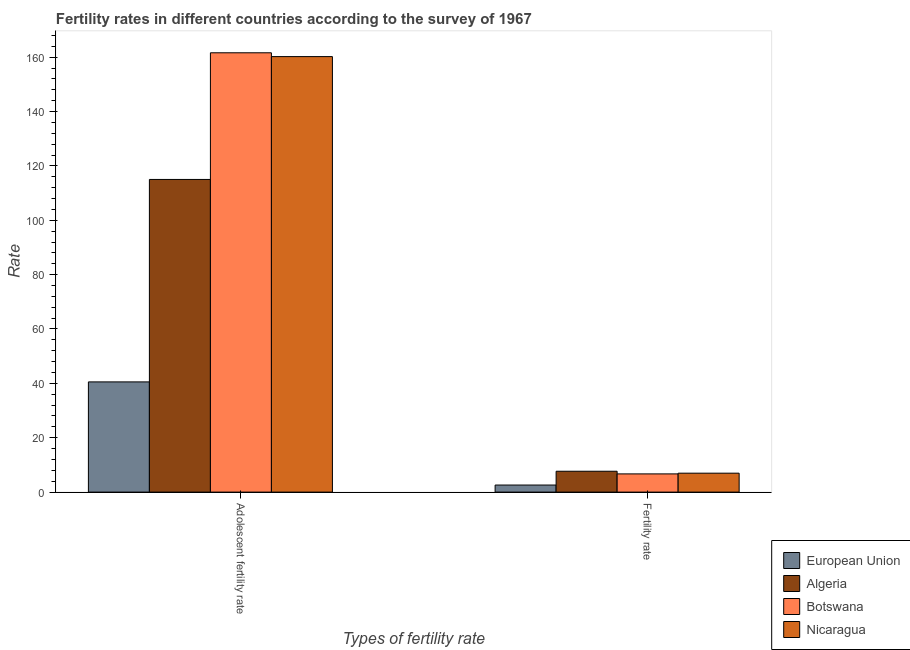
| Types of fertility rate | European Union | Algeria | Botswana | Nicaragua |
 | --- | --- | --- | --- | --- |
 | Adolescent fertility rate | 40.5 | 115 | 162 | 160 |
 | Fertility rate | 2.6 | 7.67 | 6.7 | 6.96 |